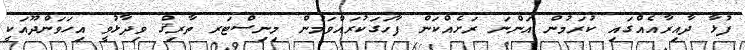
ފުޅާ ދާއިރާއެއްގައި ކުރަމުން އަންނަ ރަށެއްކަން ފާހަގަކުރައްވަމުން މިނިސްޓަރ ތާރިޤް ވިދާޅުވީ އިހަވަންދޫއަކީ